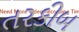
તરકીબ